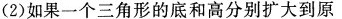
(2)如果一个三角形的底和高分别扩大到原